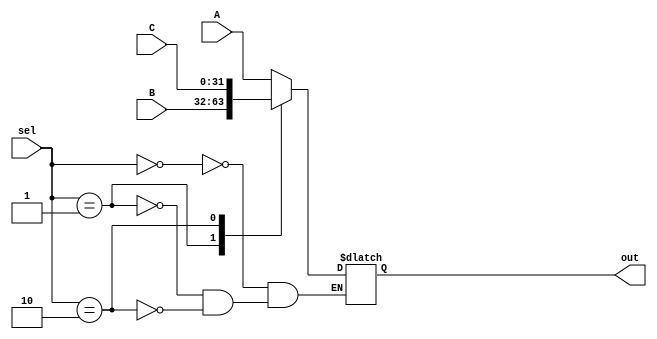
`timescale 1ns / 1ps
//////////////////////////////////////////////////////////////////////////////////
// Company: 
// Engineer: 
// 
// Design Name: 
// Module Name: Mux3to1
// Project Name: 
// Target Devices: 
// Tool Versions: 
// Description: 
// 
// Dependencies: 
// 
// Revision:
// Revision 0.01 - File Created
// Additional Comments:
// 
//////////////////////////////////////////////////////////////////////////////////


module Mux3to1(sel,A,B,C,out);
input [31:0]A,B,C;
input [1:0]sel;
output reg [31:0]out;
        always@(*)begin 
        case(sel)
        2'd0: out<=A;
        2'd1: out<=B;
        2'd2: out<=C;
        endcase 
        end 
endmodule